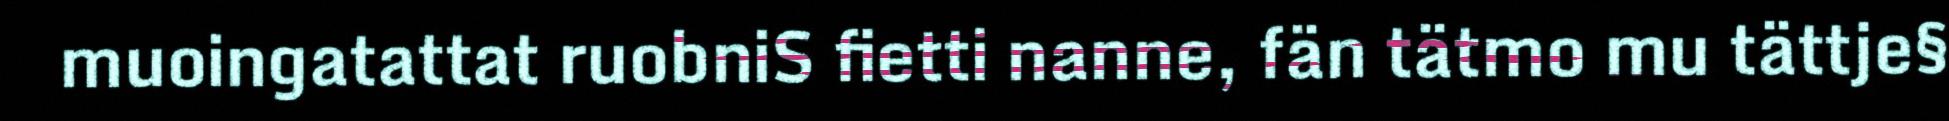
muoingatattat ruobniS fietti nanne, fän tätmo mu tättje§